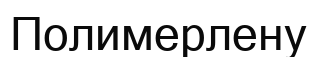
Полимерлену